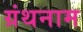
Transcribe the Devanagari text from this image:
ग्रंथनाम